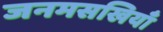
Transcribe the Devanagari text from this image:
जनमसखियाँ